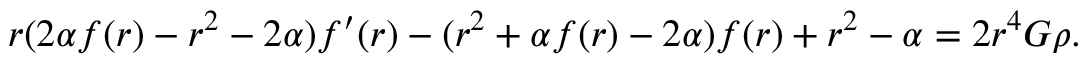
r ( 2 \alpha f ( r ) - r ^ { 2 } - 2 \alpha ) f ^ { \prime } ( r ) - ( r ^ { 2 } + \alpha f ( r ) - 2 \alpha ) f ( r ) + r ^ { 2 } - \alpha = 2 r ^ { 4 } G \rho .